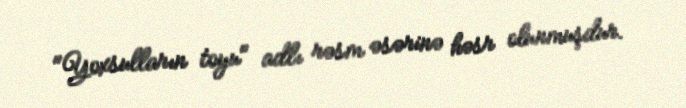
"Yoxsulların toyu" adlı rəsm əsərinə həsr olunmuşdur.